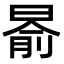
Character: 𣈯